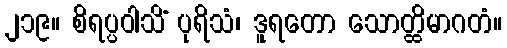
၂၁၉။ စိရပ္ပဝါသိံ ပုရိသံ၊ ဒူရတော သောတ္ထိမာဂတံ။